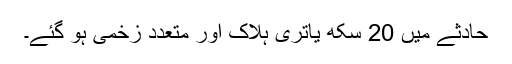
حادثے میں 20 سکھ یاتری ہلاک اور متعدد زخمی ہو گئے۔